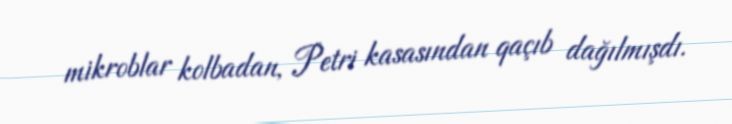
mikroblar kolbadan, Petri kasasından qaçıb dağılmışdı.